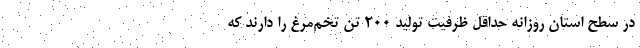
در سطح استان روزانه حداقل ظرفیت تولید ۲۰۰ تُن تخم‌مرغ را دارند که